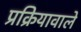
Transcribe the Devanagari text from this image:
प्रक्रियावाले